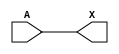
/*
 * Copyright 2020 The SkyWater PDK Authors
 *
 * Licensed under the Apache License, Version 2.0 (the "License");
 * you may not use this file except in compliance with the License.
 * You may obtain a copy of the License at
 *
 *     https://www.apache.org/licenses/LICENSE-2.0
 *
 * Unless required by applicable law or agreed to in writing, software
 * distributed under the License is distributed on an "AS IS" BASIS,
 * WITHOUT WARRANTIES OR CONDITIONS OF ANY KIND, either express or implied.
 * See the License for the specific language governing permissions and
 * limitations under the License.
 *
 * SPDX-License-Identifier: Apache-2.0
*/


`ifndef SKY130_FD_SC_HD__CLKDLYBUF4S18_FUNCTIONAL_V
`define SKY130_FD_SC_HD__CLKDLYBUF4S18_FUNCTIONAL_V

/**
 * clkdlybuf4s18: Clock Delay Buffer 4-stage 0.18um length inner stage
 *                gates.
 *
 * Verilog simulation functional model.
 */

`timescale 1ns / 1ps
`default_nettype none

`celldefine
module sky130_fd_sc_hd__clkdlybuf4s18 (
    X,
    A
);

    // Module ports
    output X;
    input  A;

    // Local signals
    wire buf0_out_X;

    //  Name  Output      Other arguments
    buf buf0 (buf0_out_X, A              );
    buf buf1 (X         , buf0_out_X     );

endmodule
`endcelldefine

`default_nettype wire
`endif  // SKY130_FD_SC_HD__CLKDLYBUF4S18_FUNCTIONAL_V